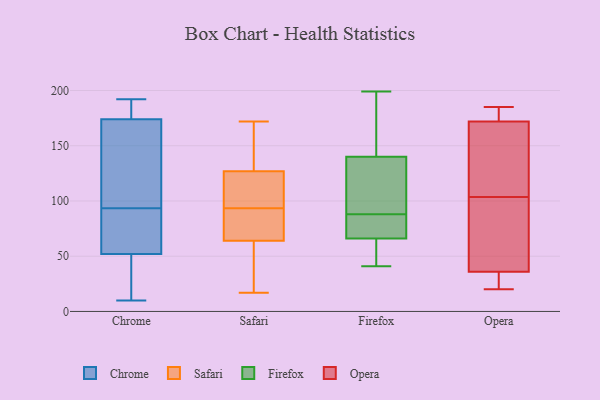
{"axis": {"x": "LTV (USD)", "y": "Value"}, "legend": ["Chrome", "Firefox", "Opera", "Safari"], "data": [{"x": "", "y": 48, "type": "Chrome"}, {"x": "", "y": 59, "type": "Chrome"}, {"x": "", "y": 52, "type": "Chrome"}, {"x": "", "y": 192, "type": "Chrome"}, {"x": "", "y": 30, "type": "Chrome"}, {"x": "", "y": 64, "type": "Chrome"}, {"x": "", "y": 169, "type": "Chrome"}, {"x": "", "y": 98, "type": "Chrome"}, {"x": "", "y": 177, "type": "Chrome"}, {"x": "", "y": 174, "type": "Chrome"}, {"x": "", "y": 134, "type": "Chrome"}, {"x": "", "y": 10, "type": "Chrome"}, {"x": "", "y": 89, "type": "Chrome"}, {"x": "", "y": 131, "type": "Chrome"}, {"x": "", "y": 189, "type": "Chrome"}, {"x": "", "y": 181, "type": "Chrome"}, {"x": "", "y": 77, "type": "Chrome"}, {"x": "", "y": 51, "type": "Chrome"}, {"x": "", "y": 76, "type": "Safari"}, {"x": "", "y": 110, "type": "Safari"}, {"x": "", "y": 119, "type": "Safari"}, {"x": "", "y": 17, "type": "Safari"}, {"x": "", "y": 48, "type": "Safari"}, {"x": "", "y": 158, "type": "Safari"}, {"x": "", "y": 127, "type": "Safari"}, {"x": "", "y": 172, "type": "Safari"}, {"x": "", "y": 64, "type": "Safari"}, {"x": "", "y": 77, "type": "Safari"}, {"x": "", "y": 122, "type": "Firefox"}, {"x": "", "y": 60, "type": "Firefox"}, {"x": "", "y": 114, "type": "Firefox"}, {"x": "", "y": 192, "type": "Firefox"}, {"x": "", "y": 41, "type": "Firefox"}, {"x": "", "y": 72, "type": "Firefox"}, {"x": "", "y": 146, "type": "Firefox"}, {"x": "", "y": 88, "type": "Firefox"}, {"x": "", "y": 64, "type": "Firefox"}, {"x": "", "y": 87, "type": "Firefox"}, {"x": "", "y": 199, "type": "Firefox"}, {"x": "", "y": 183, "type": "Opera"}, {"x": "", "y": 157, "type": "Opera"}, {"x": "", "y": 140, "type": "Opera"}, {"x": "", "y": 61, "type": "Opera"}, {"x": "", "y": 172, "type": "Opera"}, {"x": "", "y": 67, "type": "Opera"}, {"x": "", "y": 185, "type": "Opera"}, {"x": "", "y": 32, "type": "Opera"}, {"x": "", "y": 20, "type": "Opera"}, {"x": "", "y": 36, "type": "Opera"}]}